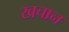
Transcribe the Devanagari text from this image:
खचान